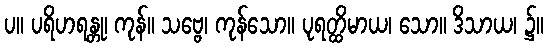
ပ။ ပရိဟရန္တု၊ ကုန်။ သဗ္ဗေ၊ ကုန်သော။ ပုရတ္ထိမာယ၊ သော။ ဒိသာယ၊ ၌။